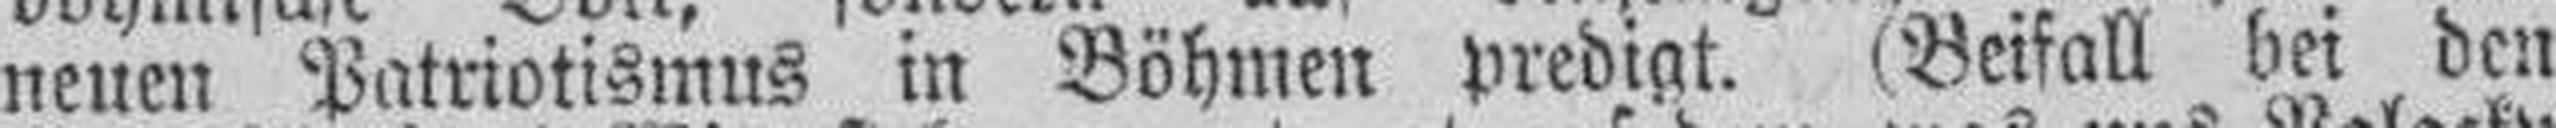
neuen Patriotismus in Böhmen predigt. (Beifall bei den